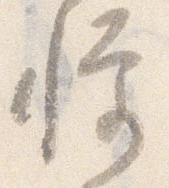
憚